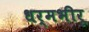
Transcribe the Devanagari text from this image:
धर्मभीरू